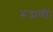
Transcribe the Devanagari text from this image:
रूद्राणी।